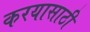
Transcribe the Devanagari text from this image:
करयासाठी